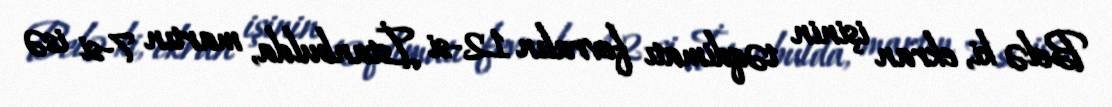
Belə ki, ekran işinin təqdimatı fevralın 12-si İstanbulda, martın 7-si isə